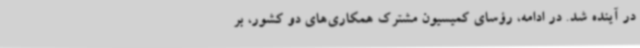
در آینده شد. در ادامه، رؤسای کمیسیون مشترک همکاری‌های دو کشور، بر